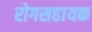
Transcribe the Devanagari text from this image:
रोगसहायक